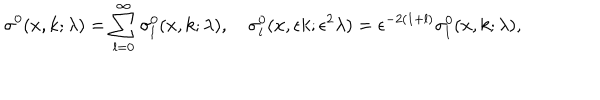
\sigma ^ { 0 } ( x , k ; \lambda ) = \sum _ { l = 0 } ^ { \infty } \sigma _ { l } ^ { 0 } ( x , k ; \lambda ) , \quad \sigma _ { l } ^ { 0 } ( x , \epsilon k ; \epsilon ^ { 2 } \lambda ) = \epsilon ^ { - 2 ( 1 + l ) } \sigma _ { l } ^ { 0 } ( x , k ; \lambda ) ,